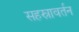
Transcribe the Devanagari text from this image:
सहस्रावर्तन